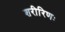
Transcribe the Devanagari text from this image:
शरीरिणः